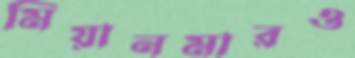
মিয়ানমারও